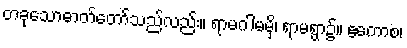
တခုသောဓာတ်တော်သည်လည်း။ ရာမဂါမမှိ၊ ရာမရွာ၌။ ဧကောစ၊